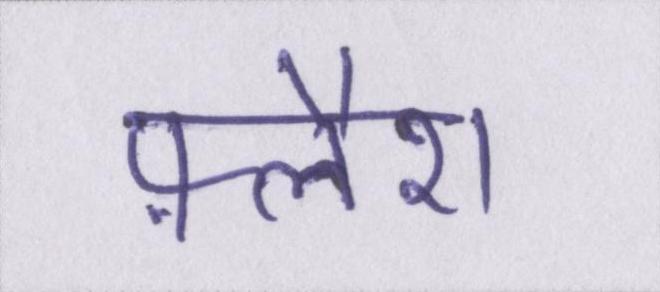
फ़्लैश